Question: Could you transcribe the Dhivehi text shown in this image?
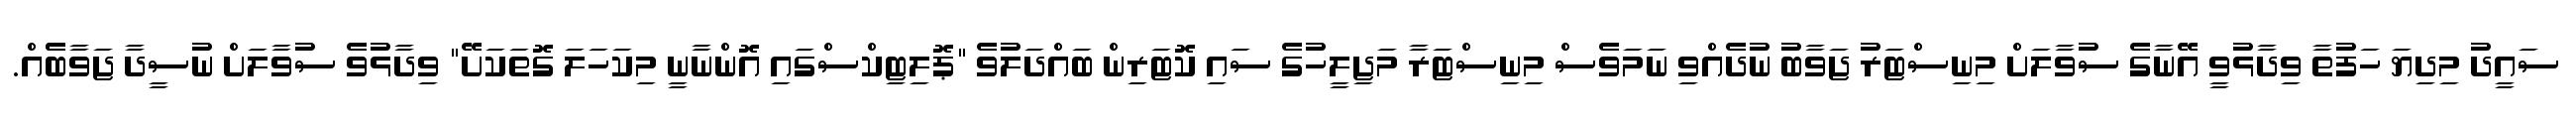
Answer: ސައީދު މިދިޔަ ހަފުތާ ވިދާޅުވީ އޭނާގެ ސުވާލަށް މިނިސްޓަރު ޖަވާބު ނުދެއްވި ނަމަވެސް މިނިސްޓަރާ މަޖިލީހުގެ ސައި ކޮޓަރިން ބައްދަލުވެ "ޕޮލިޓިކްސްގައި އޮންނާނީ މިކަހަލަ ގޮތަކަށޭ" ވިދާޅުވެ ސުވާލަށް ނުސީދާ ޖަވާބެެއް.